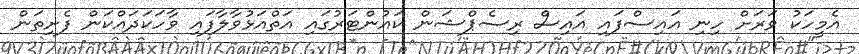
އެމީހަކު ވަރަށް ހިނި އައިސްފައި އައިސް ރިސެޕްޝަން ކައުންޓަރުގައި އަތްއަޅުވާލާފައި ވާހަކަދައްކަން ފެށިތަން